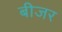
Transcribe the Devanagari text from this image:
बीजर